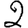
Digit: 2